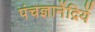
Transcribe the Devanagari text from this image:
पंचज्ञानेंद्रियें